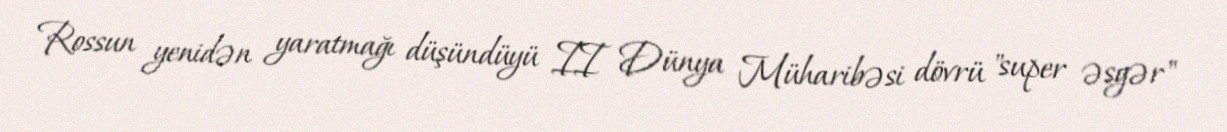
Rossun yenidən yaratmağı düşündüyü II Dünya Müharibəsi dövrü "super əsgər"